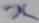
Text: x